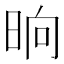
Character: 晌